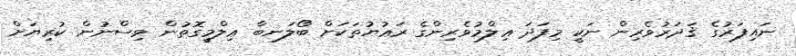
ނައިފަރުގެ ޤަދަރުވެރިން ނަކީ މިފަދަ ޢިލްމުވެރިންގެ ރަޢުޔުތަކަށް ބޯލަނބާ ޢިލްމީގޮތުން ވިސްނުން ކުރިޔަށް